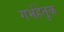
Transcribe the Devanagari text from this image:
गर्भहेतुक